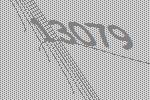
13079